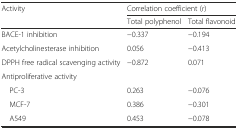
<table><thead><tr><td rowspan="2"><b>Activity</b></td><td colspan="2"><b>Correlation coefficient (<i>r</i>)</b></td></tr><tr><td><b>Total polyphenol</b></td><td><b>Total flavonoid</b></td></tr></thead><tbody><tr><td>BACE-1 inhibition</td><td>−0.337</td><td>−0.194</td></tr><tr><td>Acetylcholinesterase inhibition</td><td>0.056</td><td>−0.413</td></tr><tr><td>DPPH free radical scavenging activity</td><td>−0.872</td><td>0.071</td></tr><tr><td>Antiproliferative activity</td><td></td><td></td></tr><tr><td> PC-3</td><td>0.263</td><td>−0.076</td></tr><tr><td> MCF-7</td><td>0.386</td><td>−0.301</td></tr><tr><td> A549</td><td>0.453</td><td>−0.078</td></tr></tbody></table>